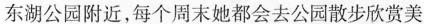
东湖公园附近，每个周末她都会去公园散步欣赏美